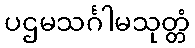
ပဌမသင်္ဂါမသုတ္တံ